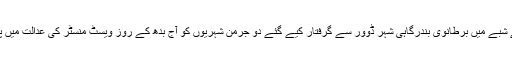
دہشت گردی کے شبے میں برطانوی بندرگاہی شہر ڈوور سے گرفتار کیے گئے دو جرمن شہریوں کو آج بدھ کے روز ویسٹ منسٹر کی عدالت میں پیش کیا جائے گا۔